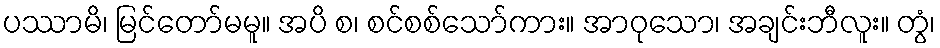
ပဿာမိ၊ မြင်တော်မမူ။ အပိ စ၊ စင်စစ်သော်ကား။ အာဝုသော၊ အချင်းဘီလူး။ တွံ၊